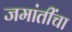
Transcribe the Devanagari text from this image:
जमांतींचा